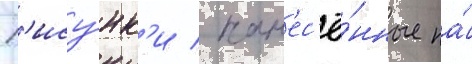
Р'ису́нк'и / нан'ес'ё́нные на́